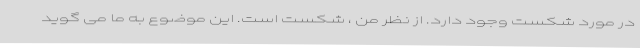
در مورد شکست وجود دارد. از نظر من ، شکست است. این موضوع به ما می گوید